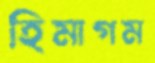
হিমাগম